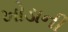
ખોડાની